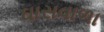
ઘાસવાળા